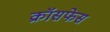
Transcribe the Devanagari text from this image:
क्रॉसफेस